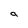
Character: a